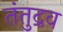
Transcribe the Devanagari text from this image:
तंतुद्रव